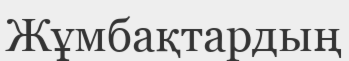
Жұмбақтардың